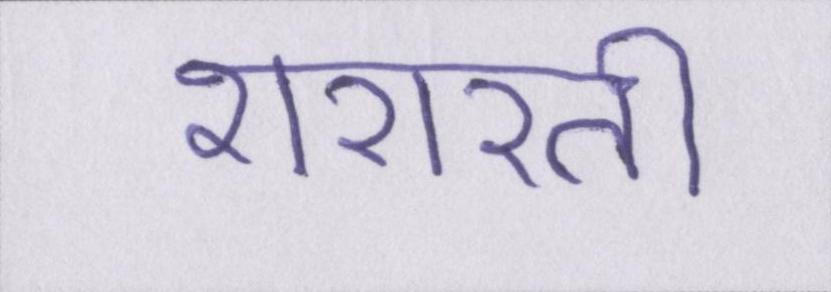
शरारती